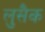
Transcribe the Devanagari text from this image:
लुसैक